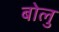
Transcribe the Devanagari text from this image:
बोलु